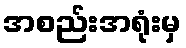
အစည်းအရုံးမှ